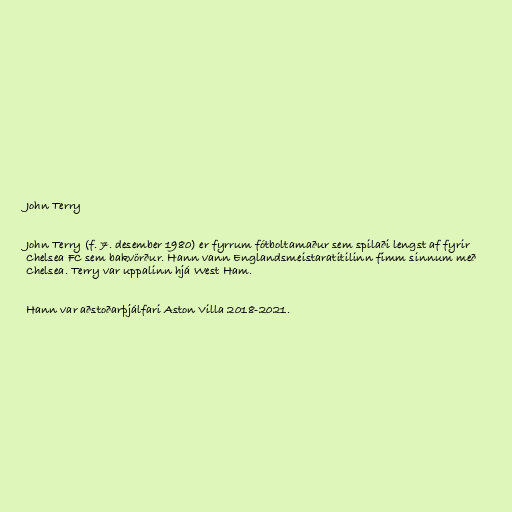
John Terry

John Terry (f. 7. desember 1980) er fyrrum fótboltamaður sem spilaði lengst af fyrir
Chelsea FC sem bakvörður. Hann vann Englandsmeistaratitilinn fimm sinnum með
Chelsea. Terry var uppalinn hjá West Ham.

Hann var aðstoðarþjálfari Aston Villa 2018-2021.